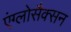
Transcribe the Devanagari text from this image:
एंग्लोसैक्सन